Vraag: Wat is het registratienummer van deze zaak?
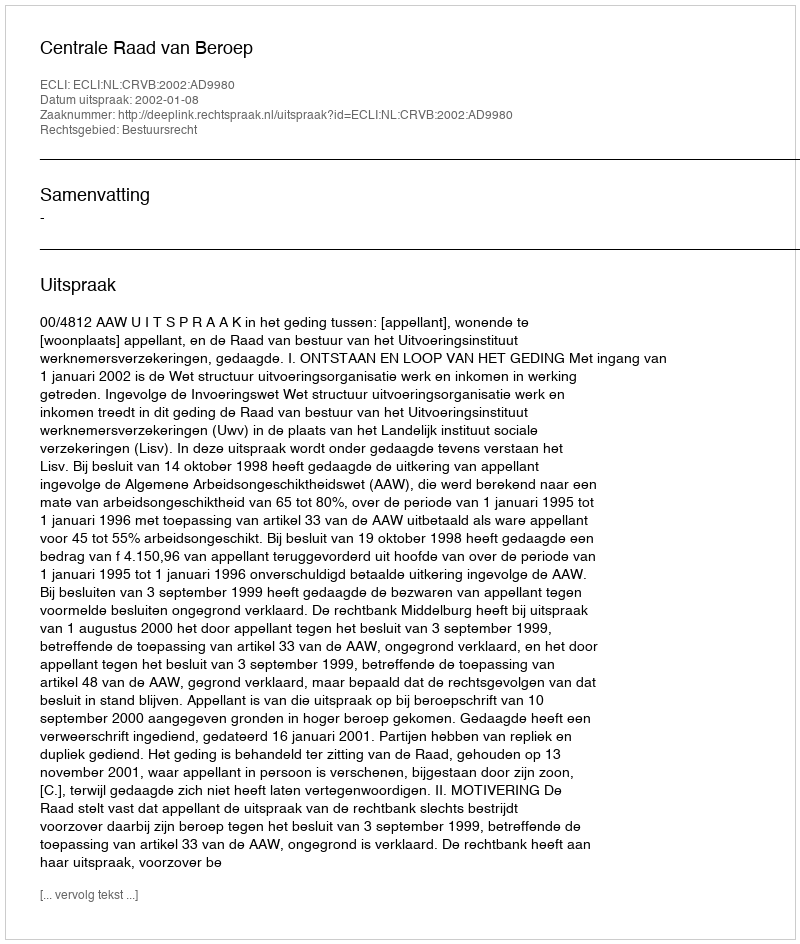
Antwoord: http://deeplink.rechtspraak.nl/uitspraak?id=ECLI:NL:CRVB:2002:AD9980